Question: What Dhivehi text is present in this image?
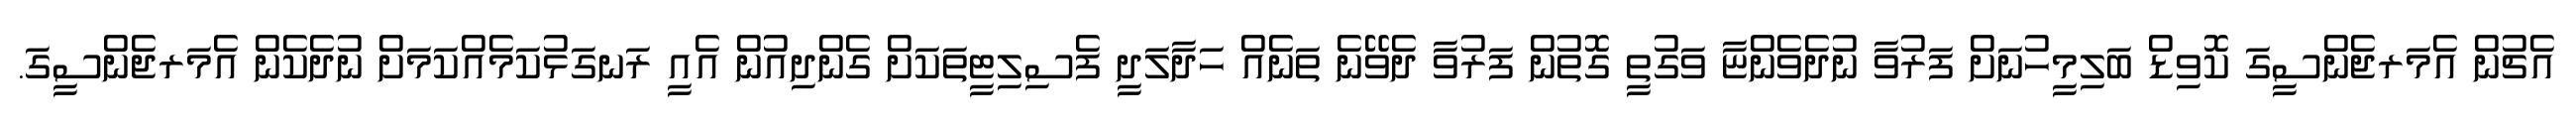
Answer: އެޗުން އެމަރޖެންސީގަ ކޮވިޑް ބަލިމީހުނަށް ފަރުވާ ނުދެވެންޏާ ވަގުތީ ގޮތުން ފަރުވާ ދެވޭނެ ތަނެއް ހަދާލަދީ ފެސިލިޓީތަކަށް ގެންދިއުން އެއީ ރަނގަޅުކަމެއްކަމަށް ނުދެކެން އެމަރޖެންސީގަ.